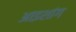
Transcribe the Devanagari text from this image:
आइशांग